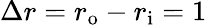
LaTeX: \Delta r=r_{\mathrm{o}}-r_{\mathrm{i}}=1